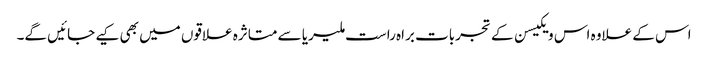
اس کے علاوہ اس ویکیسن کے تجربات براہ راست ملیریا سے متاثرہ علاقوں میں بھی کیے جائیں گے۔